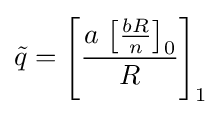
{\tilde {q}}=\left[{\frac {a\,\left[{\frac {bR}{n}}\right]_{0}}{R}}\right]_{1}